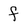
Character: f